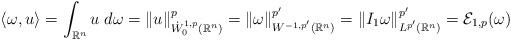
LaTeX: \begin{align*}\langle \omega, u\rangle = \int_{\mathbb{R}^n} u \;d\omega = \Vert u \Vert_{\dot{W}_{0}^{1,p}(\mathbb{R}^n)}^{p} = \Vert \omega \Vert_{W^{-1,p'} (\mathbb{R}^n)}^{p'} =\Vert I_{1}\omega \Vert_{L^{p'}(\mathbb{R}^n)}^{p'} = \mathcal{E}_{1,p}(\omega)\end{align*}